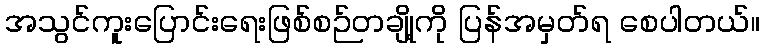
အသွင်ကူးပြောင်းရေးဖြစ်စဉ်တချို့ကို ပြန်အမှတ်ရ စေပါတယ်။